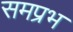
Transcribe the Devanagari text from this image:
समप्रभ